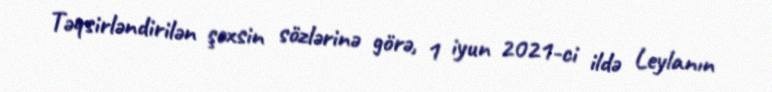
Təqsirləndirilən şəxsin sözlərinə görə, 1 iyun 2021-ci ildə Leylanın